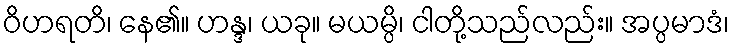
ဝိဟရတိ၊ နေ၏။ ဟန္ဒ၊ ယခု။ မယမ္ပိ၊ ငါတို့သည်လည်း။ အပ္ပမာဒံ၊